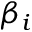
\beta _ { i }